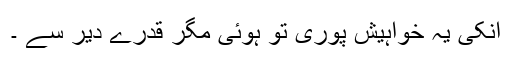
انکی یہ خواہیش پوری تو ہوئی مگر قدرے دیر سے ۔